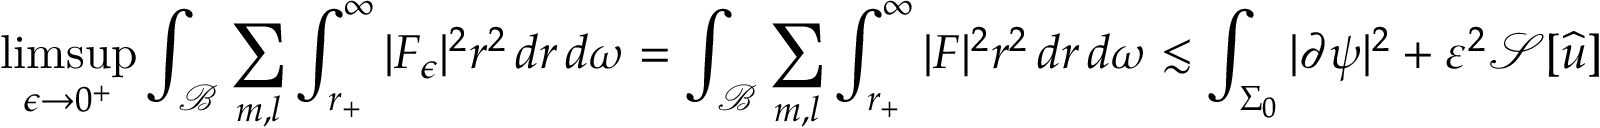
\operatorname* { l i m s u p } _ { \epsilon \to 0 ^ { + } } \int _ { \mathcal { B } } \sum _ { m , l } \int _ { r _ { + } } ^ { \infty } | F _ { \epsilon } | ^ { 2 } r ^ { 2 } \, d r \, d \omega = \int _ { \mathcal { B } } \sum _ { m , l } \int _ { r _ { + } } ^ { \infty } | F | ^ { 2 } r ^ { 2 } \, d r \, d \omega \lesssim \int _ { \Sigma _ { 0 } } | \partial \psi | ^ { 2 } + \varepsilon ^ { 2 } \mathcal { S } [ { \widehat { u } } ]